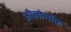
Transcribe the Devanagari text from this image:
ओलोमॉक